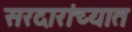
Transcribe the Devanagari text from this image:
सरदारांच्यात